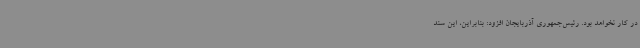
در کار نخواهد بود. رئیس‌جمهوری آذربایجان افزود: بنابراین، این سند